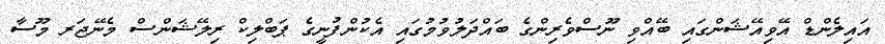
އައިލެންޑް އޭވިއޭޝަންގައި ބޭއްވި ނޫސްވެރިންގެ ބައްދަލުވުމުގައި އެކުންފުނީގެ ޕަބްލިކް ރިލޭޝަންސް މެނޭޖަރ މޫސާ